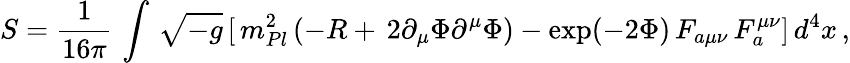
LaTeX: S=\frac{1}{16\pi}\, \int\, \sqrt{-g}\, [\, m_{Pl}^{2}\, (-R+\, 2\partial_{\mu}\Phi\partial^{\mu}\Phi)-\exp(-2\Phi)\, F_{a\mu\nu}\, F_{a}^{\mu\nu}]\, d^{4}x\, ,